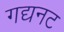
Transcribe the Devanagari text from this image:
गद्यनट